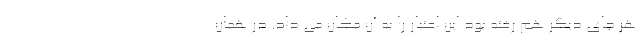
هر جای دیگر هم رفته بود این اعتبار را به آن مکان می داد. در همان